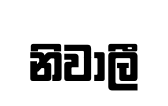
නිවාලී